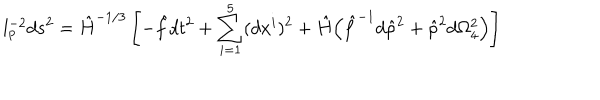
l _ { p } ^ { - 2 } d s ^ { 2 } = \hat { H } ^ { - 1 / 3 } \left[ - \hat { f } d t ^ { 2 } + \sum _ { i = 1 } ^ { 5 } ( d x ^ { i } ) ^ { 2 } + \hat { H } \Big ( \hat { f } ^ { - 1 } d \hat { \rho } ^ { 2 } + \hat { \rho } ^ { 2 } d \Omega _ { 4 } ^ { 2 } \Big ) \right]